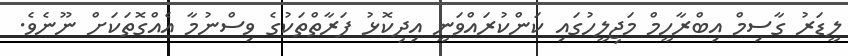
ލީޑަރު ގާސިމް އިބްރާހީމް މަޖިލީހުގައި ކަންކުރައްވަނީ އިދިކޮޅު ފަރާތްތަކުގެ ވިސްނުމާ އެއްގޮތަކަށް ނޫނެވެ.